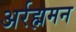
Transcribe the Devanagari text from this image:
अर्रह्ममन